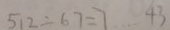
5 1 2 \div 6 7 = 7 \cdots 4 3